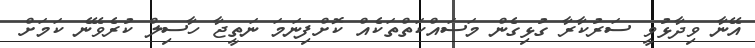
އޭނާ ވިދާޅުވީ ސަރުކާރާ ގުޅިގެން މަސައްކަތްތަކެއް ކޮށްފިނަމަ ނަތީޖާ ހާސިލް ކުރެވޭނެ ކަމަށް